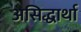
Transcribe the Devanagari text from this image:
असिद्धार्था